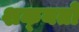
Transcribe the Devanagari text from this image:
शक्‍यतो